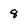
Character: 8